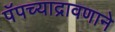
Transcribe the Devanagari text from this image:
पॅपच्याद्रावणाने